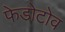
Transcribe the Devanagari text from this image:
फेडोटोव